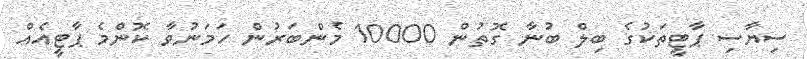
ސިޔާސި ޕާޓީތަކުގެ ބިލް ބުނާ ގޮތުން 10000 މެންބަރުން ހަމަނުވާ ކޮންމެ ޕާޓީއެއް